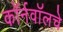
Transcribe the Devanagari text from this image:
कॉर्नवॉलचे